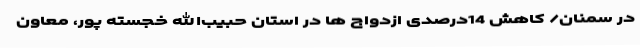
در سمنان/ کاهش 14درصدی ازدواج ها در استان حبیب‌الله خجسته پور، معاون